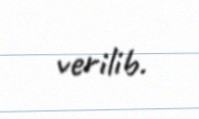
verilib.